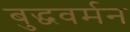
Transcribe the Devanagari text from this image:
बुद्धवर्मन